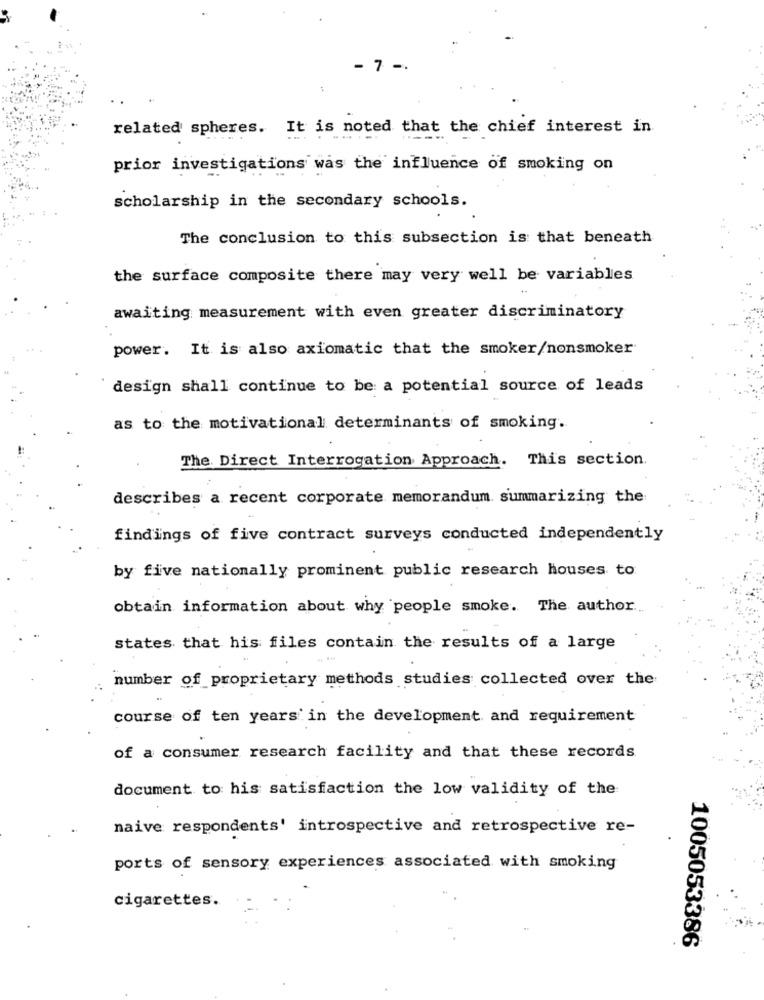
- 7 -
:
related spheres. It is noted that the chief interest in
prior investigations was the influence of smoking on
scholarship in the secondary schools.
The conclusion to this subsection is that beneath
the surface composite there may very well be variables
awaiting measurement with even greater discriminatory
power. It is also axiomatic that the smoker/nonsmoker
design shall continue to be a potential source of leads
as to the motivational determinants of smoking.
The Direct Interrogation Approach. This section.
describes a recent corporate memorandum. summarizing the
findings of five contract surveys conducted independently
by five nationally prominent public research houses to
obtain information about why people smoke. The author.
states that his files contain the results of a large
number of proprietary methods studies collected over the
course of ten years in the development and requirement
of a consumer research facility and that these records
document to his satisfaction the low validity of the
naive respondents' introspective and retrospective re-
ports of sensory experiences associated with smoking
cigarettes.
1005053386